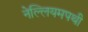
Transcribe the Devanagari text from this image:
नेल्लियमपथी